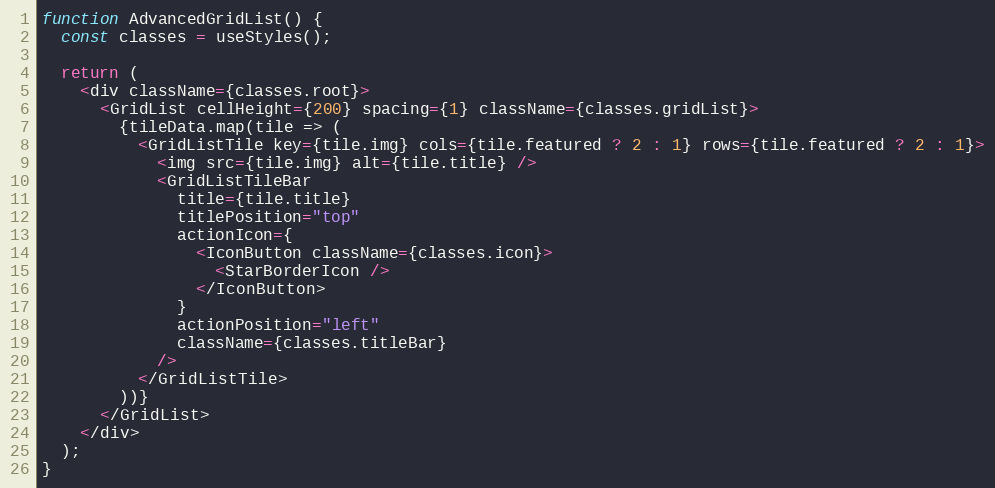
Language: JavaScript
function AdvancedGridList() {
  const classes = useStyles();

  return (
    <div className={classes.root}>
      <GridList cellHeight={200} spacing={1} className={classes.gridList}>
        {tileData.map(tile => (
          <GridListTile key={tile.img} cols={tile.featured ? 2 : 1} rows={tile.featured ? 2 : 1}>
            <img src={tile.img} alt={tile.title} />
            <GridListTileBar
              title={tile.title}
              titlePosition="top"
              actionIcon={
                <IconButton className={classes.icon}>
                  <StarBorderIcon />
                </IconButton>
              }
              actionPosition="left"
              className={classes.titleBar}
            />
          </GridListTile>
        ))}
      </GridList>
    </div>
  );
}